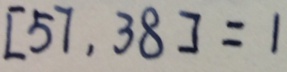
[ 5 7 , 3 8 ] = 1